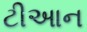
ટીઆન